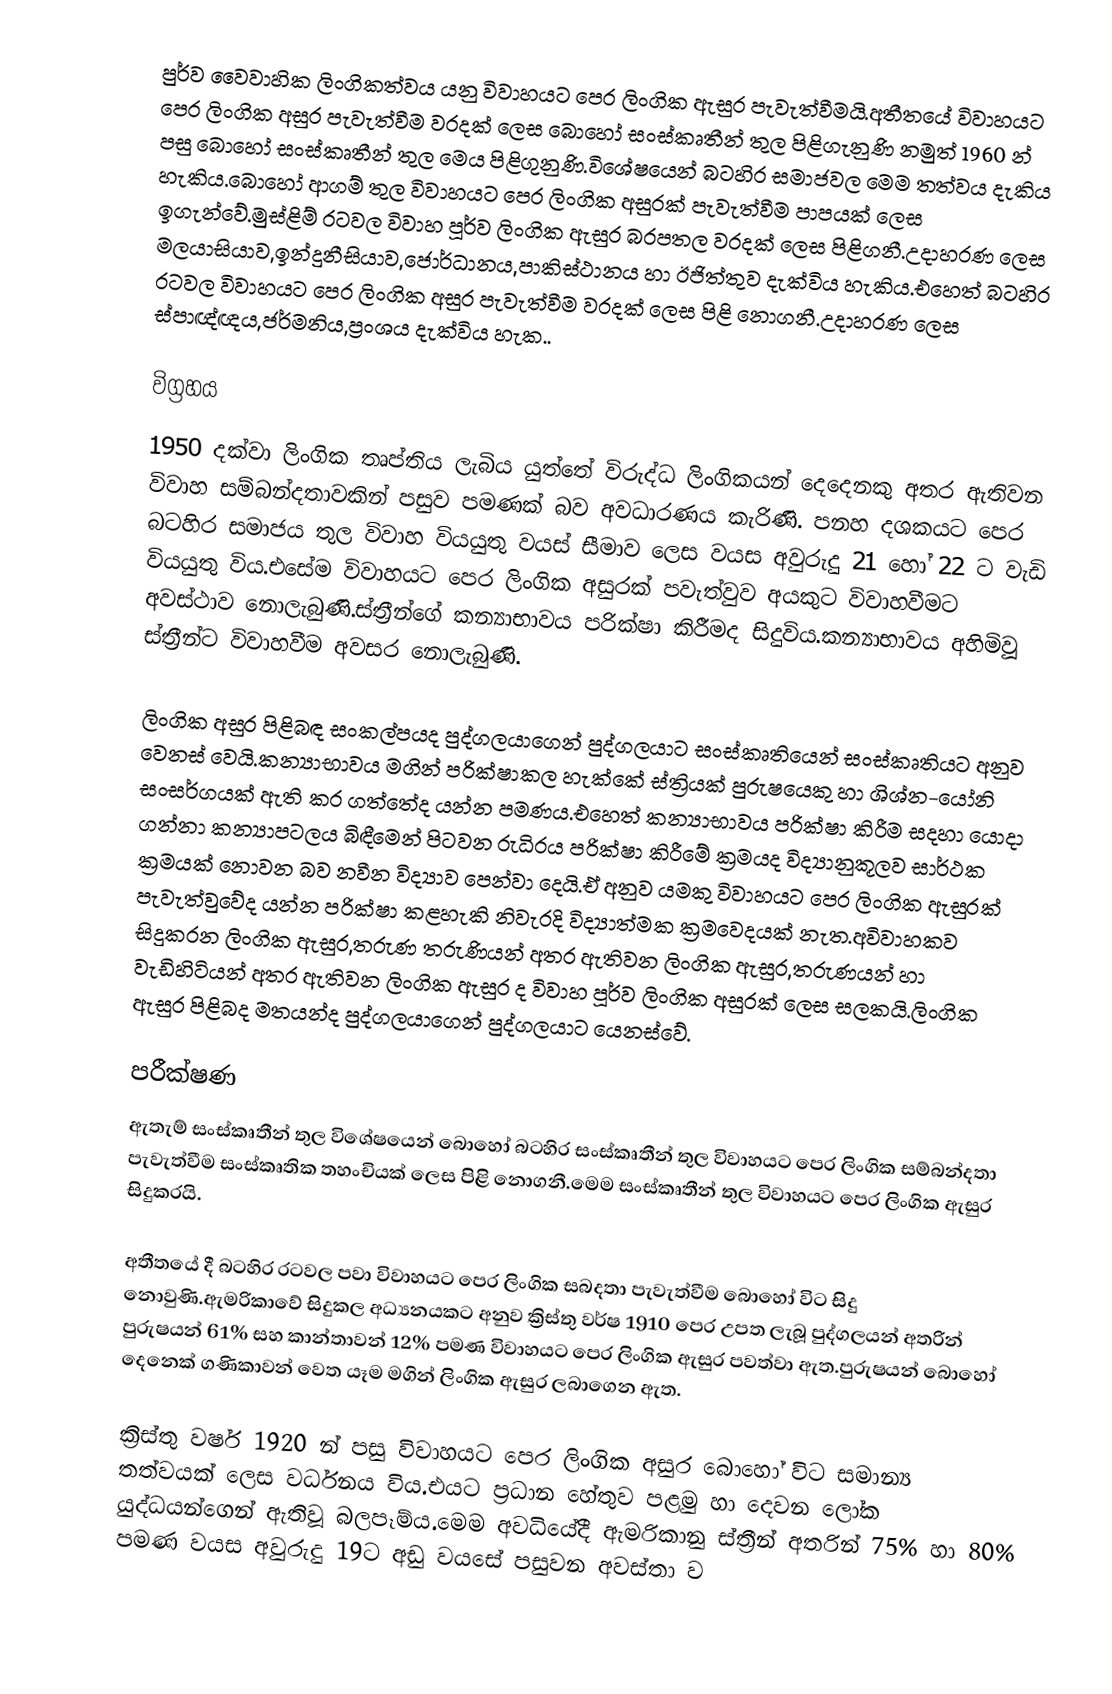
පුර්ව වෛවාහික ලිංගිකත්වය යනු විවාහයට පෙර ලිංගික ඇසුර පැවැත්වීමයි.අතීතයේ විවාහයට පෙර ලිංගික අසුර පැවැත්වීම වරදක් ලෙස බොහෝ සංස්කෘතීන් තුල පිළිගැනුණි නමුත් 1960 න් පසු බොහෝ සංස්කෘතීන් තුල මෙය පිළිගුනුණි.විශේෂයෙන් බටහිර සමාජවල මෙම තත්වය දැකිය හැකිය.බොහෝ ආගම් තුල විවාහයට පෙර ලිංගික අසුරක් පැවැත්වීම පාපයක් ලෙස ඉගැන්වේ.මුස්ළිම් රටවල විවාහ පූර්ව ලිංගික ඇසුර බරපතල වරදක් ලෙස පිළිගනී.උදාහරණ ලෙස මලයාසියාව,ඉන්දුනීසියාව,ජොර්ධානය,පාකිස්ථානය හා ඊජිත්තුව දැක්විය හැකිය.එහෙත් බටහිර රටවල විවාහයට පෙර ලිංගික අසුර පැවැත්වීම වරදක් ලෙස පිළි නොගනී.උදාහරණ ලෙස ස්පාඥ්ඥය,ජර්මනිය,ප්‍රංශය දැක්විය හැක..

විග්‍රහය
1950 දක්වා ලිංගික තෘප්තිය ලැබිය යුත්තේ විරුද්ධ ලිංගිකයන් දෙදෙනකු අතර ඇතිවන විවාහ සම්බන්දතාවකින් පසුව පමණක් බව අවධාරණය කැරිණි.  පනහ දශකයට පෙර බටහිර සමාජය තුල විවාහ වියයුතු වයස් සීමාව ලෙස වයස අවුරුදු 21 හෝ 22 ට වැඩි වියයුතු විය.එසේම විවාහයට පෙර ලිංගික අසුරක් පවැත්වුව අයකුට විවාහවීමට අවස්ථාව නොලැබුණි.ස්ත්‍රීන්ගේ කන්‍යාභාවය පරික්ෂා කිරීමද සිදුවිය.කන්‍යාභාවය අහිමිවූ ස්ත්‍රීන්ට විවාහවීම අවසර නොලැබුණි.

ලිංගික අසුර පිළිබඳ සංකල්පයද පුද්ගලයාගෙන් පුද්ගලයාට සංස්කෘතියෙන් සංස්කෘතියට අනුව වෙනස් වෙයි.කන්‍යාභාවය මගින් පරික්ෂාකල හැක්කේ ස්ත්‍රියක් පුරුෂයෙකු හා ශිශ්න-යෝනි සංසර්ගයක් ඇති කර ගත්තේද යන්න පමණය.එහෙත් කන්‍යාභාවය පරික්ෂා කිරීම සදහා යොදා ගන්නා කන්‍යාපටලය බිඳීමෙන් පිටවන රුධිරය පරික්ෂා කිරීමේ ක්‍රමයද විද්‍යානුකූලව සාර්ථක ක්‍රමයක් නොවන බව නවීන විද්‍යාව පෙන්වා දෙයි.ඒ අනුව යමකු විවාහයට පෙර ලිංගික ඇසුරක් පැවැත්වුවේද යන්න පරික්ෂා කළහැකි නිවැරදි විද්‍යාත්මක ක්‍රමවෙදයක් නැත.අවිවාහකව සිදුකරන ලිංගික ඇසුර,තරුණ තරුණියන් අතර ඇතිවන ලිංගික ඇසුර,තරුණයන් හා වැඩිහිටියන් අතර ඇතිවන ලිංගික ඇසුර ද විවාහ පූර්ව ලිංගික අසුරක් ලෙස සලකයි.ලිංගික ඇසුර පිළිබද මතයන්ද පුද්ගලයාගෙන් පුද්ගලයාට යෙනස්වේ.

පරීක්ෂණ
ඇතැම් සංස්කෘතීන් තුල විශේෂයෙන් බොහෝ බටහිර සංස්කෘතීන් තුල විවාහයට පෙර ලිංගික සම්බන්දතා පැවැත්වීම සංස්කෘතික තහංචියක් ලෙස පිළි නොගනී.මෙම සංස්කෘතීන් තුල විවාහයට පෙර ලිංගික ඇසුර සිදුකරයි.

අතීතයේ දී බටහිර රටවල පවා විවාහයට පෙර ලිංගික සබදතා පැවැත්වීම බොහෝ විට සිදු නොවුණි.ඇමරිකාවේ සිදුකල අධ්‍යනයකට අනුව ක්‍රිස්තු වර්ෂ 1910 පෙර උපත ලැබූ පුද්ගලයන් අතරින් පුරුෂයන් 61% සහ කාන්තාවන් 12% පමණ විවාහයට පෙර ලිංගික ඇසුර පවත්වා ඇත.පුරුෂයන් බොහෝ දෙනෙක් ගණිකාවන් වෙත යෑම මගින් ලිංගික ඇසුර ලබාගෙන ඇත.

ක්‍රිස්තු වර්ෂ 1920 න් පසු විවාහයට පෙර ලිංගික අසුර බොහෝ විට සමාන්‍ය තත්වයක් ලෙස වර්ධනය විය.එයට ප්‍රධාන හේතුව පළමු හා දෙවන ලෝක යුද්ධයන්ගෙන් ඇතිවූ බලපෑම්ය.මෙම අවධියේදී ඇමරිකානු ස්ත්‍රීන් අතරින් 75% හා 80% පමණ වයස අවුරුදු 19ට අඩු වයසේ පසුවන අවස්තා ව